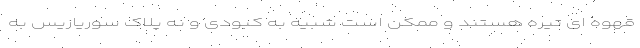
قهوه ای تیره هستند و ممکن است شبیه به کبودی و نه پلاک سوریازیس به